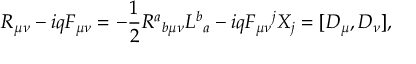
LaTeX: R _ { \mu \nu } - i q F _ { \mu \nu } = - \frac { 1 } { 2 } R ^ { a } { } _ { b \mu \nu } L ^ { b } { } _ { a } - i q F _ { \mu \nu } { } ^ { j } X _ { j } = [ D _ { \mu } , D _ { \nu } ] ,